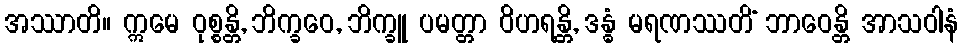
အဿာတိ။ ဣမေ ဝုစ္စန္တိ, ဘိက္ခဝေ, ဘိက္ခူ ပမတ္တာ ဝိဟရန္တိ, ဒန္ဓံ မရဏဿတိံ ဘာဝေန္တိ အာသဝါနံ